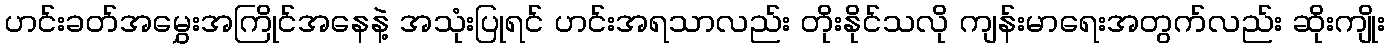
ဟင်းခတ်အမွှေးအကြိုင်အနေနဲ့ အသုံးပြုရင် ဟင်းအရသာလည်း တိုးနိုင်သလို ကျန်းမာရေးအတွက်လည်း ဆိုးကျိုး